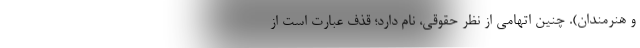
و هنرمندان). چنین اتهامی از نظر حقوقی، نام دارد؛ قذف عبارت است از